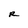
Character: R